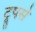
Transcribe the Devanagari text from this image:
ट्रूपर्स